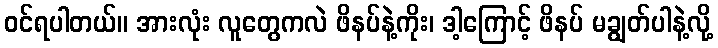
ဝင်ရပါတယ်။ အားလုံး လူတွေကလဲ ဖိနပ်နဲ့ကိုး၊ ဒါ့ကြောင့် ဖိနပ် မချွတ်ပါနဲ့လို့